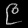
Digit: ၉